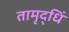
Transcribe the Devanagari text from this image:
तामृद्धिं